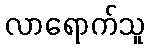
လာရောက်သူ